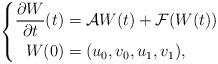
LaTeX: \begin{align*}\left\{\begin{aligned}\frac{\partial W}{\partial t}(t) = {} & \mathcal{A}W(t) + \mathcal{F}(W(t)) \\ W(0)={} & (u_{0}, v_{0}, u_{1}, v_{1}),\end{aligned}\right.\end{align*}